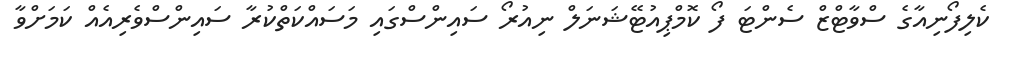
ކެލިފޯނިއާގެ ސްވާޓްޒް ސެންޓަ ފޯ ކޮމްޕިއުޓޭޝަނަލް ނިއުރޯ ސައިންސްގައި މަސައްކަތްކުރާ ސައިންސްވެރިއެއް ކަމަށްވާ